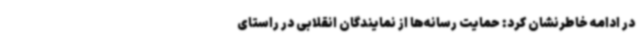
در ادامه خاطرنشان کرد: حمایت رسانه‌ها از نمایندگان انقلابی در راستای